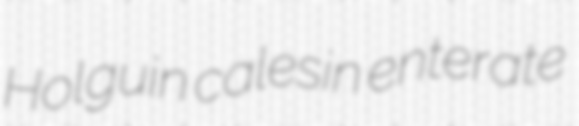
Holguin calesin enterate